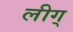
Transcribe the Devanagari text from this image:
लीग्